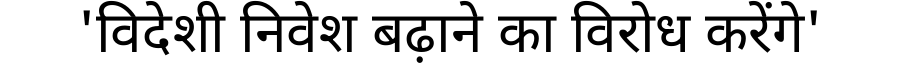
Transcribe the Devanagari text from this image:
'विदेशी निवेश बढ़ाने का विरोध करेंगे'